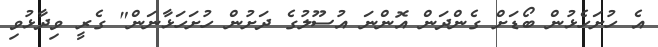
އެ ހުށަހެޅުން ބޯޑަށް ގެންދަން އޮންނަ އުސޫލުގެ ދަށުން ހުށަހަޅާނަން" ގެރީ ވިދާޅުވި